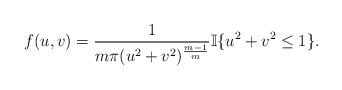
LaTeX: \begin{align*} f(u,v)=\frac1{m\pi (u^2+v^2)^{\frac{m-1}{m}}}\mathbb I\{u^2+v^2\le1\}.\end{align*}